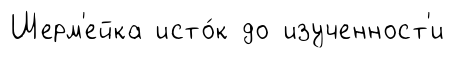
Шерм'ейка исто́к до изученност'и